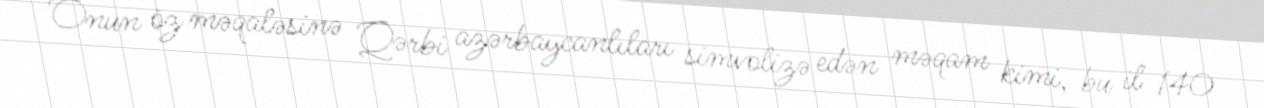
Onun öz məqaləsinə Qərbi azərbaycanlıları simvolizə edən məqam kimi, bu il 140